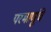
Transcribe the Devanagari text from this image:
परमाणूंचे